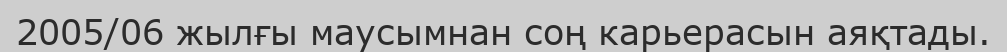
2005/06 жылғы маусымнан соң карьерасын аяқтады.